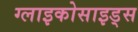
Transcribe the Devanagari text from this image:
ग्लाइकोसाइड्स